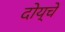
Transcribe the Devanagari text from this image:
दोय्चे